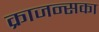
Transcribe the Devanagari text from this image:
क्राजन्सका